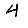
Digit: 4